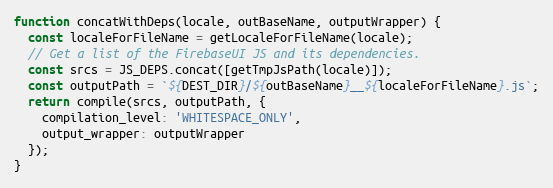
Language: JavaScript
function concatWithDeps(locale, outBaseName, outputWrapper) {
  const localeForFileName = getLocaleForFileName(locale);
  // Get a list of the FirebaseUI JS and its dependencies.
  const srcs = JS_DEPS.concat([getTmpJsPath(locale)]);
  const outputPath = `${DEST_DIR}/${outBaseName}__${localeForFileName}.js`;
  return compile(srcs, outputPath, {
    compilation_level: 'WHITESPACE_ONLY',
    output_wrapper: outputWrapper
  });
}